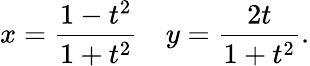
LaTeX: x={\frac{1-t^{2}}{1+t^{2}}}\quad y={\frac{2t}{1+t^{2}}}.